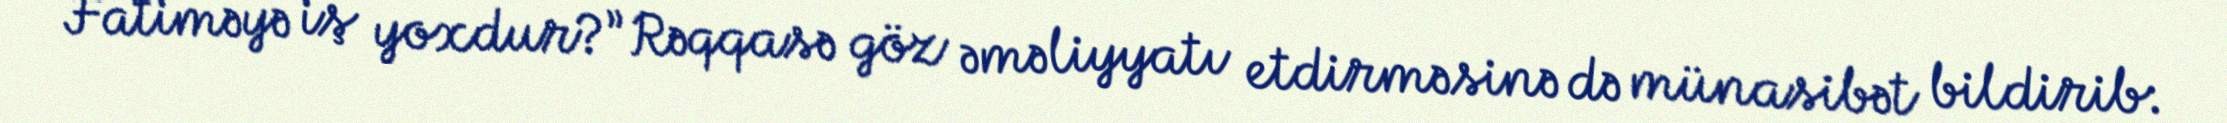
Fatiməyə iş yoxdur?”Rəqqasə göz əməliyyatı etdirməsinə də münasibət bildirib: